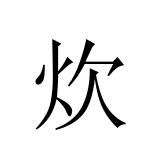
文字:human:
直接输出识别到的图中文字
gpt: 炊